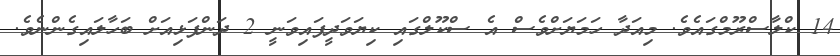
14 ކްލާސްރޫމްގައެވެ. މިއަދާ ހަމަޔަށްވެސް އެ ސްކޫލްގައި ކިޔަވަދީފައިވަނީ 2 ދަންފަޅިއަށް ބަހާލައިގެންނެވެ.